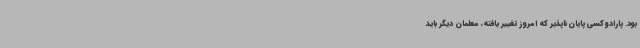
بود. پارادوکسی پایان‌ناپذیر که امروز تغییر یافته، معلمان دیگر باید